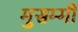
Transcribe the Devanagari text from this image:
मुसम्मी